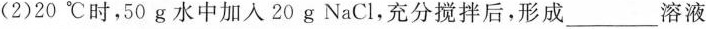
(2)20℃时，50g水中加入20g NaCl，充分搅拌后，形成___溶液